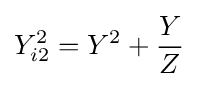
Y_{i2}^{2}=Y^{2}+{\frac {Y}{Z}}~